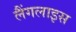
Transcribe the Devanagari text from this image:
लैंगलाइस